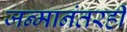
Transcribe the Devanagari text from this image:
जन्मानंतरही